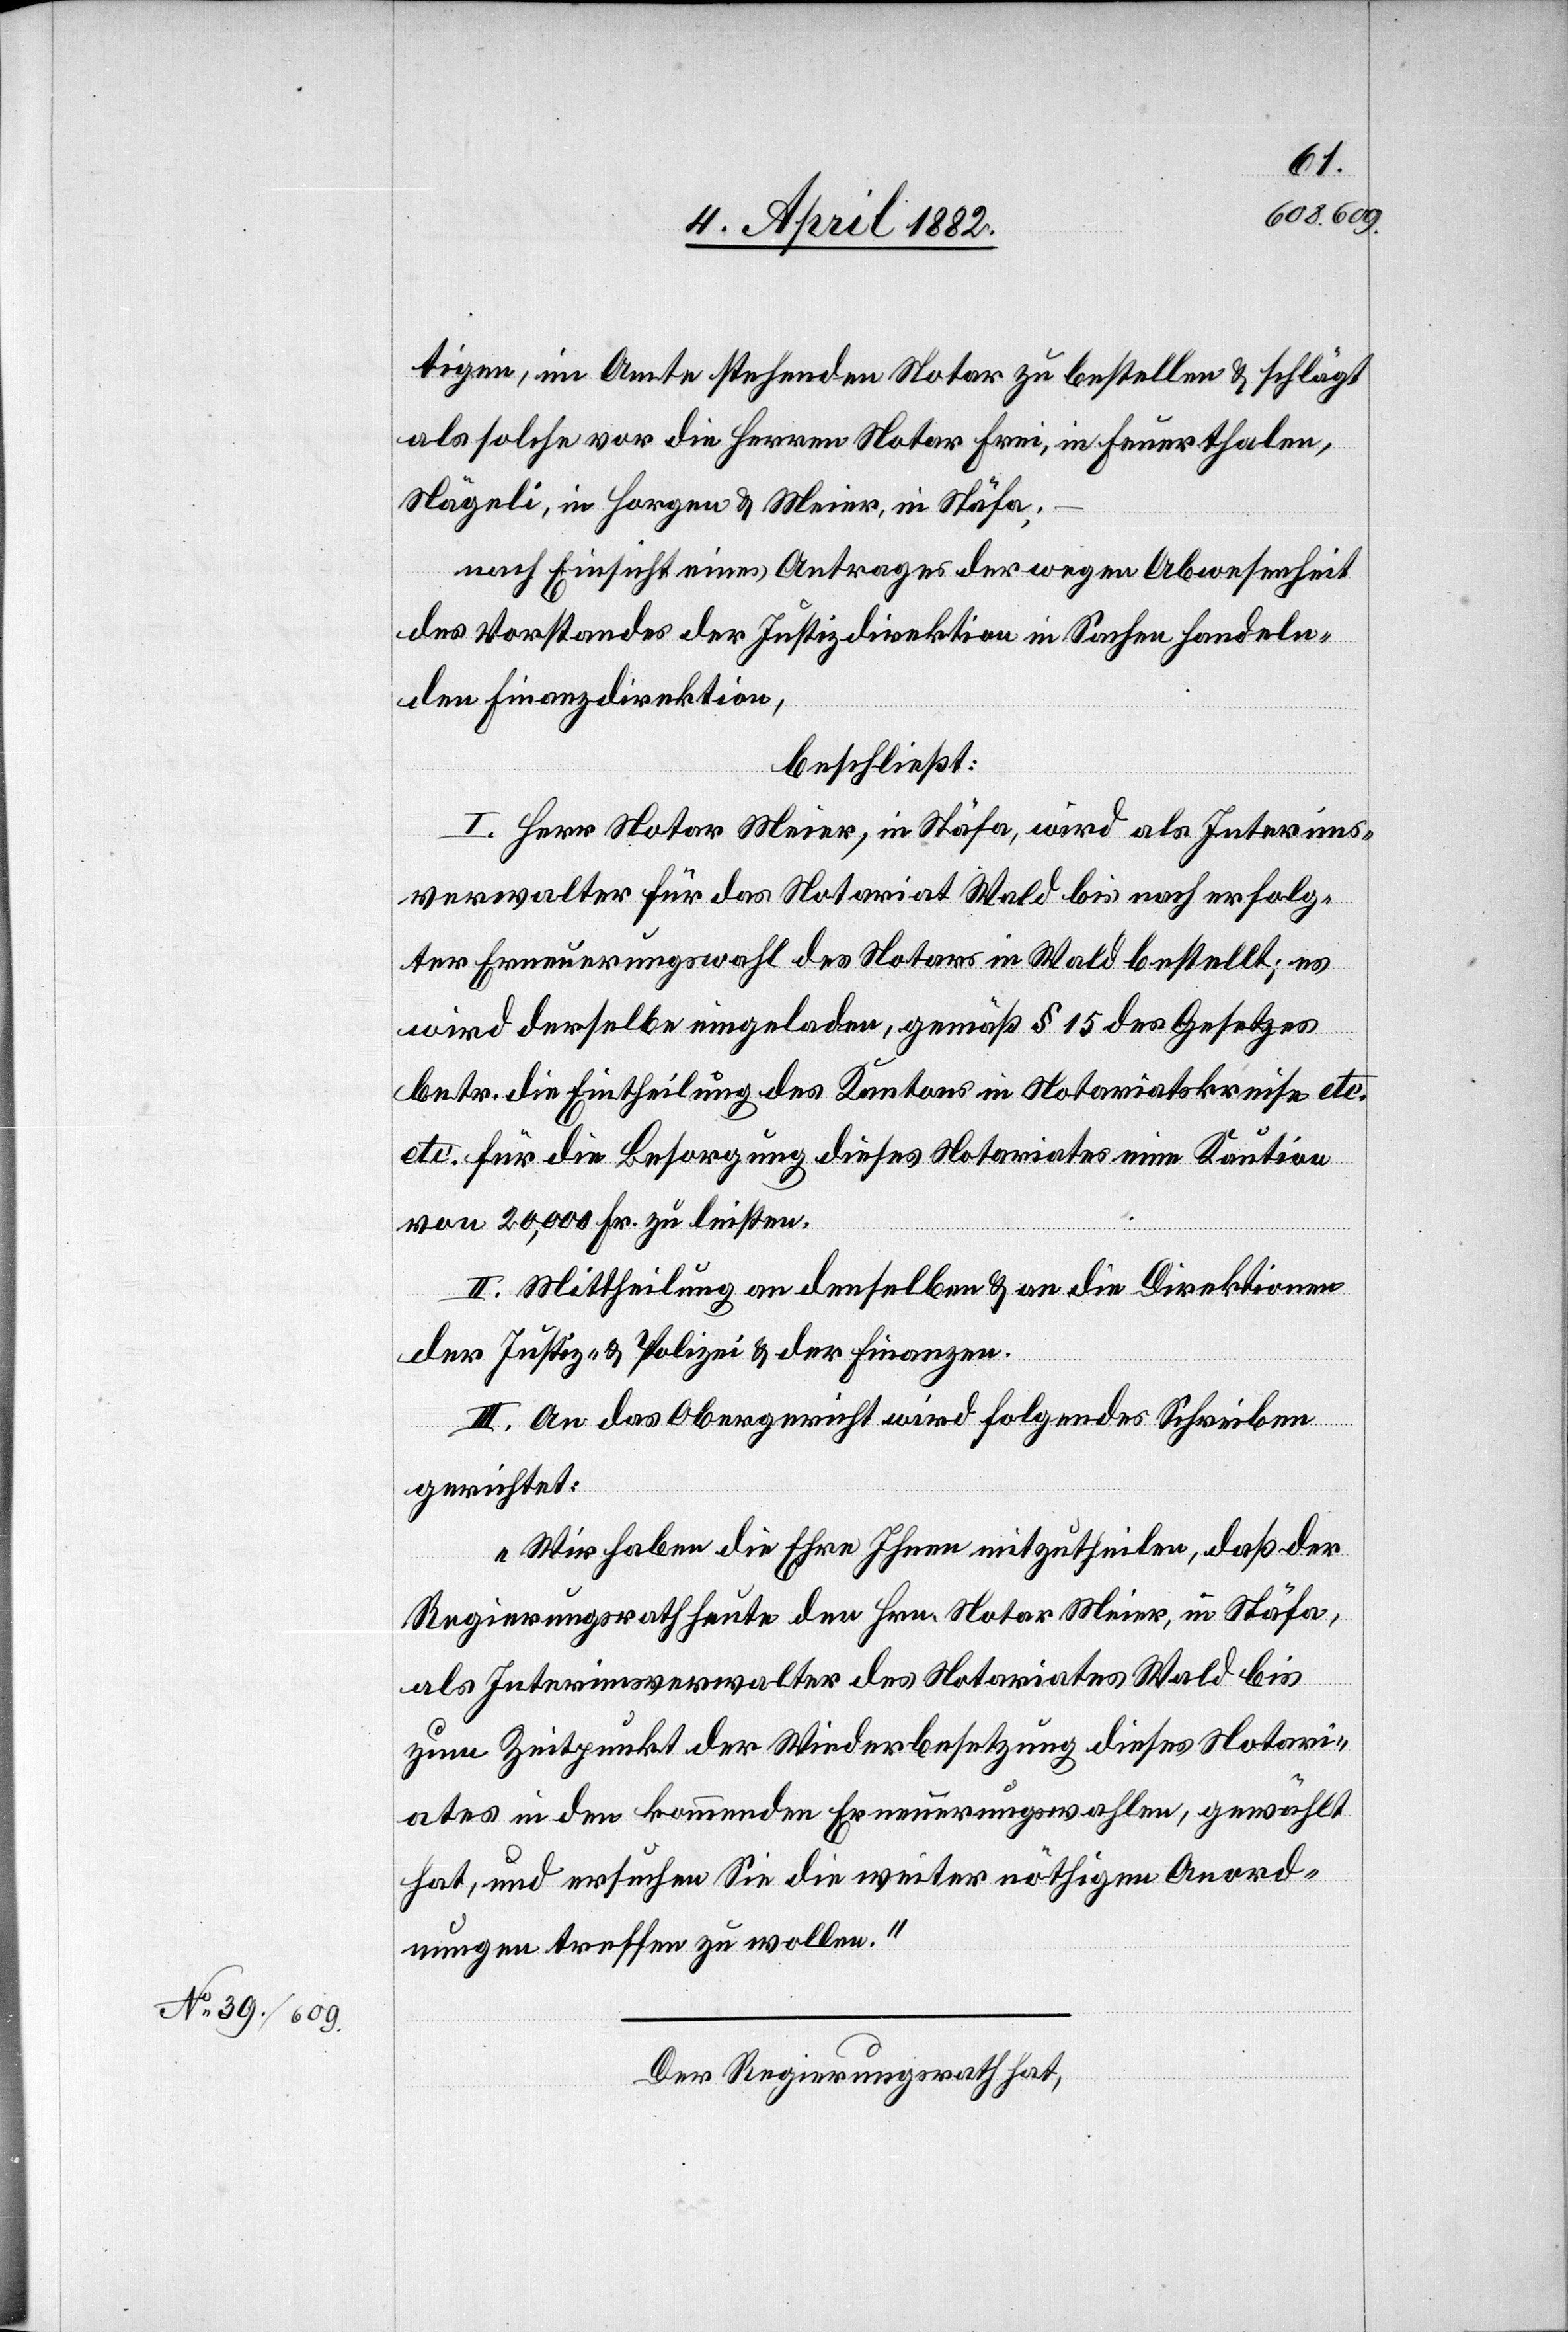
tigen, im Amte stehenden Notar zu bestellen & schlägt
als solche vor die Herren Notar Frei, in Feuerthalen,
Nägeli, in Horgen & Meier, in Stäfa;
nach Einsicht eines Antrages der wegen Abwesenheit
des Vorstandes der Justizdirektion in Sachen handeln¬
den Finanzdirektion,
beschließt:
I. Herr Notar Meier, in Stäfa, wird als Interims¬
verwalter für das Notariat Wald bis nach erfolg¬
ter Erneuerungswahl des Notars in Wald bestellt; es
wird derselbe eingeladen, gemäß § 15 des Gesetzes
betr. die Eintheilung des Kantons in Notariatskreise etc.
etc. für die Besorgung dieses Notariates eine Kaution
von 20,000 Fr. zu leisten.
II. Mittheilung an denselben & an die Direktionen
der Justiz- [sic!] & Polizei & der Finanzen.
III. An das Obergericht wird folgendes Schreiben
gerichtet:
„Wir haben die Ehre Ihnen mitzutheilen, daß der
Regierungsrath heute den Hrn. Notar Meier, in Stäfa,
als Interimsverwalter des Notariates Wald bis
zum Zeitpunkt der Wiederbesetzung dieses Notari¬
ates in den kommenden Erneuerungswahlen, gewählt
hat, und ersuchen Sie die weiter nöthigen Anord¬
nungen treffen zu wollen.“
Der Regierungsrath hat,